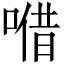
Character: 𠺦